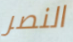
النصر